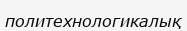
политехнологикалық